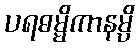
ပရဓမ္မိကာနမ္ပိ